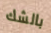
بالشك